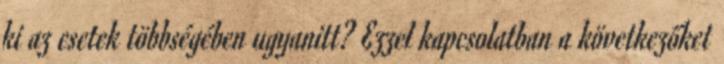
ki az esetek többségében ugyanitt? Ezzel kapcsolatban a következőket